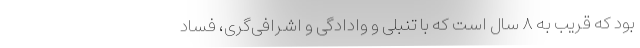
بود که قریب به ۸ سال است که با تنبلی و وادادگی و اشرافی‌گری، فساد